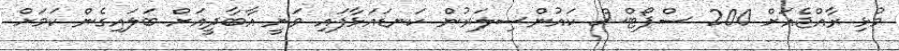
މުޅި ރާއްޖެއަށް 200 ސްޕޯޓްސް ކައުންސިލަރުން ކަނޑައަޅާފައި ވަނީ އާބާދީއަށް ބަލައިގެން ކަމަށް